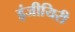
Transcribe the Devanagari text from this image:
इंजीयिरी